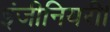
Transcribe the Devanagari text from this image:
इंजीनियरी।